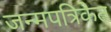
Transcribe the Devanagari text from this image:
जन्मपत्रिकेत